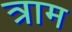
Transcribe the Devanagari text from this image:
त्राम